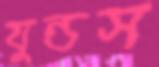
যুন্ডস